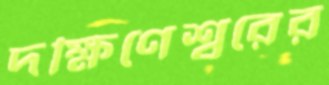
দক্ষিণেশ্বরের